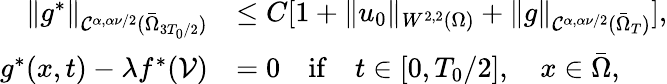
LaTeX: \begin{array}{rl}{\| g^{*}\| _{\mathcal{C}^{\alpha,\alpha\nu/2}(\bar{\Omega}_{3T_{0}/2})}}&{\leq C[1+\| u_{0}\| _{W^{2,2}(\Omega)}+\| g\| _{\mathcal{C}^{\alpha,\alpha\nu/2}(\bar{\Omega}_{T})}],}\\ {g^{*}(x,t)-\lambda f^{*}(\mathcal{V})}&{=0\quad\mathrm{if}\quad t\in[0,T_{0}/2],\quad x\in\bar{\Omega},}\end{array}